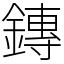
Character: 鏄